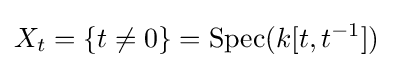
X_{t}=\{t\neq 0\}=\operatorname {Spec} (k[t,t^{-1}])